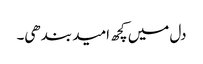
دل میں کچھ امید بندھی۔